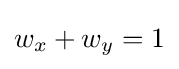
w_{x}+w_{y}=1